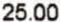
25.00